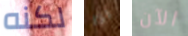
لكنه اذا الآن